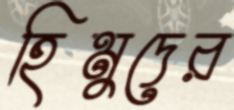
হিমুদের